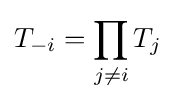
T_{-i}=\prod _{j\neq i}T_{j}